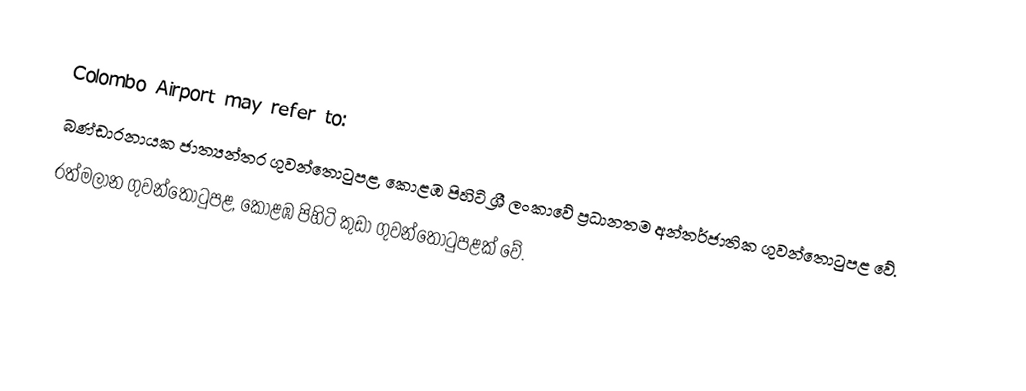
Colombo Airport may refer to:
 බණ්ඩාරනායක ජාත්‍යන්තර ගුවන්තොටුපළ, කොළඹ පිහිටි ශ්‍රී ලංකාවේ ප්‍රධානතම අන්තර්ජාතික ගුවන්තොටුපළ වේ.
 රත්මලාන ගුවන්තොටුපළ, කොළඹ පිහිටි කුඩා ගුවන්තොටුපළක් වේ.